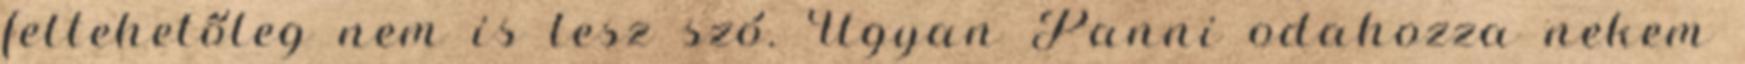
feltehetőleg nem is lesz szó. Ugyan Panni odahozza nekem